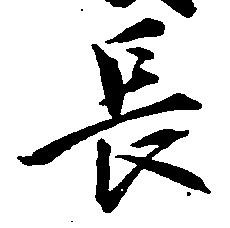
長